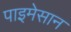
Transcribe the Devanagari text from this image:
पाइमेसान